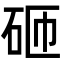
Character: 砸